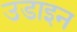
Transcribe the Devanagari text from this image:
उडाइन